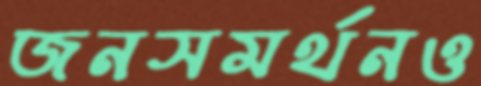
জনসমর্থনও